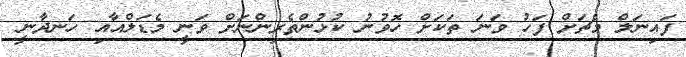
ފައިނަލް މެޗަށް ފަހު ވަނަ ތަކަށް ހޮވުނު ކުޅުންތެރިންނަށް ވަނީ މެޑަލްއާއި ހަނދާނީ